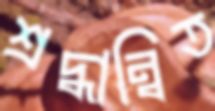
শ্রদ্ধান্বিত